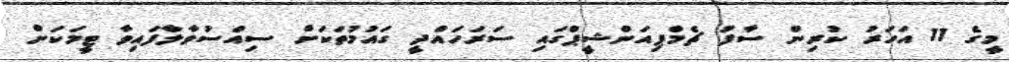
މީގެ 11 އަހަރު ކުރިން ސާފު ޗެމްޕިއަންޝީޕްގައި ސަރަހައްދީ ގައުމުތަކަށް ސިއްސުވާލާފައިވާ ޓީމަކަށް